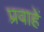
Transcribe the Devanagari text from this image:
प्रवाहें